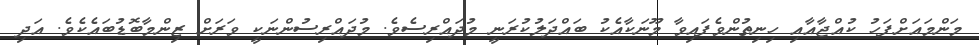
މަންމައަށްފަހު ކުއްޖާއާއި ހިނިތުންވެފައިވާ މޫނަކާއެކު ބައްދަލުކުރަނީ މުދައްރިސެވެ. މުދައްރިސުންނަކީ ވަރަށް ޒިންމާބޮޑުބައެކެވެ. އަދި